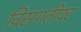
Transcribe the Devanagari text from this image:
विसंगतीवर